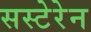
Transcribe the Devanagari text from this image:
सस्टेरेन